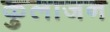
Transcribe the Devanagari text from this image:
कुलाजन